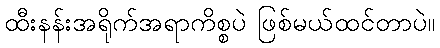
ထီးနန်းအရိုက်အရာကိစ္စပဲ ဖြစ်မယ်ထင်တာပဲ။